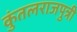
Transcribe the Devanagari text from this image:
कुंतलराजपुत्री